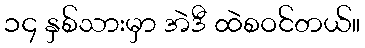
၁၄ နှစ်သားမှာ အဲဒီ ထဲစဝင်တယ်။